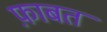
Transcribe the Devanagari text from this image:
फ़ाबत